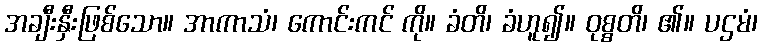
အချီးနှီးဖြစ်သော။ အာကာသံ၊ ကောင်းကင် ကို။ ခံတိ၊ ခံဟူ၍။ ဝုစ္စတိ၊ ၏။ ပဌမံ၊